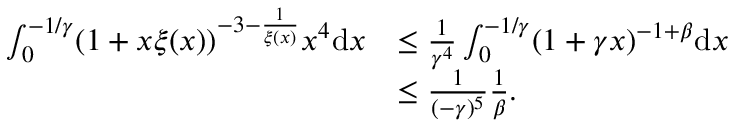
\begin{array} { r l } { \int _ { 0 } ^ { - 1 / \gamma } ( 1 + x \xi ( x ) ) ^ { - 3 - \frac { 1 } { \xi ( x ) } } x ^ { 4 } \mathrm { d } x } & { \leq \frac { 1 } { \gamma ^ { 4 } } \int _ { 0 } ^ { - 1 / \gamma } ( 1 + \gamma x ) ^ { - 1 + \beta } \mathrm { d } x } \\ & { \leq \frac { 1 } { ( - \gamma ) ^ { 5 } } \frac { 1 } { \beta } . } \end{array}